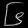
Digit: ၆